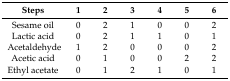
<table><thead><tr><td><b>Steps</b></td><td><b>1</b></td><td><b>2</b></td><td><b>3</b></td><td><b>4</b></td><td><b>5</b></td><td><b>6</b></td></tr></thead><tbody><tr><td>Sesame oil</td><td>0</td><td>2</td><td>1</td><td>0</td><td>0</td><td>2</td></tr><tr><td>Lactic acid</td><td>0</td><td>2</td><td>1</td><td>1</td><td>0</td><td>1</td></tr><tr><td>Acetaldehyde</td><td>1</td><td>2</td><td>0</td><td>0</td><td>0</td><td>2</td></tr><tr><td>Acetic acid</td><td>0</td><td>1</td><td>0</td><td>0</td><td>2</td><td>2</td></tr><tr><td>Ethyl acetate</td><td>0</td><td>1</td><td>2</td><td>1</td><td>0</td><td>1</td></tr></tbody></table>